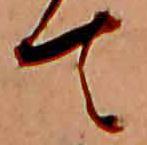
て